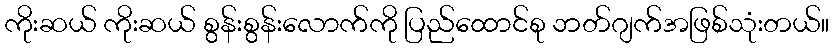
ကိုးဆယ် ကိုးဆယ် စွန်းစွန်းလောက်ကို ပြည်ထောင်စု ဘတ်ဂျက်အဖြစ်သုံးတယ်။